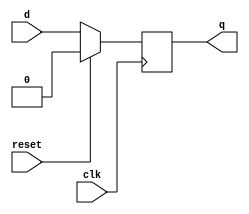
module dffr
(
input wire clk,
input wire reset,
input wire d,
output reg q
);


always @(posedge clk)
if (reset==1'b1)
    q <= 1'b0;
else    
    q <= d;


endmodule